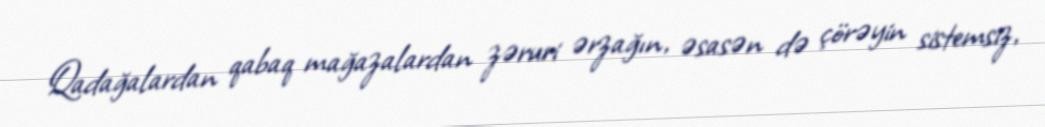
Qadağalardan qabaq mağazalardan zəruri ərzağın, əsasən də çörəyin sistemsiz,